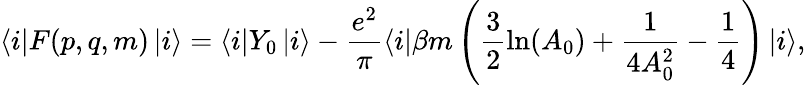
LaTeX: \left\langle i\right|F(p,q,m)\left|i\right\rangle=\left\langle i\right|Y_{0}\left|i\right\rangle-\frac{e^{2}}{\pi}\left\langle i\right|\beta m\left(\frac 32\ln(A_{0})+\frac 1{4A_{0}^{2}}-\frac 14\right)\left|{i}\right\rangle,